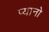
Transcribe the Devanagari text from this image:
प्यानो